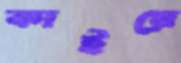
কাইয়ে